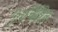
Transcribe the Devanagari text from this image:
पुनर्चित्रित